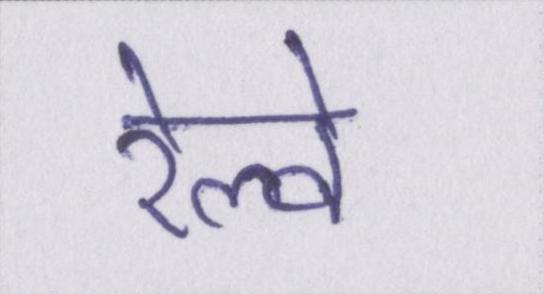
रेल्वे